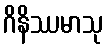
ဂိနိဿမာသု